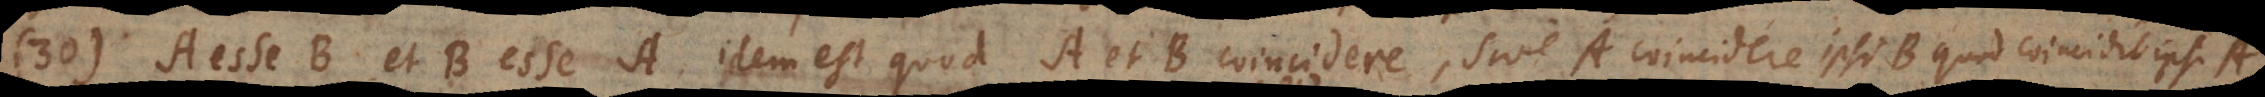
30) A esse B et B esse A idem est quod A et B coincidere, sive A coincidere ipsi B quod coincidit ipsi A,